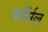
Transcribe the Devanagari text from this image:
फाँर्मल्